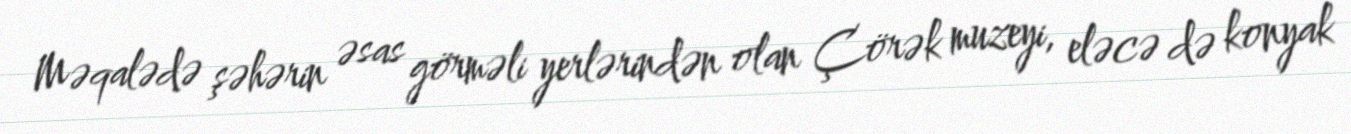
Məqalədə şəhərin əsas görməli yerlərindən olan Çörək muzeyi, eləcə də konyak